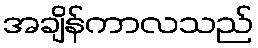
အချိန်ကာလသည်